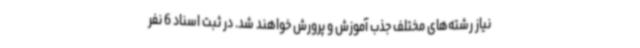
نیاز رشته‌های مختلف جذب آموزش و پرورش خواهند شد. در ثبت اسناد 6 نفر